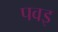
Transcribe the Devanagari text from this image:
पवइ